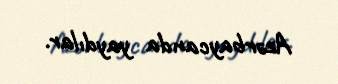
Azərbaycanda yaydılar.